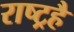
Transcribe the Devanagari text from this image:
राष्ट्रहै